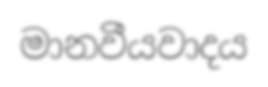
මානවීයවාදය